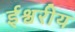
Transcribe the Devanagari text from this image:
र्इश्वरीय